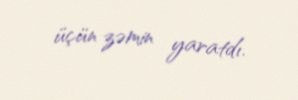
üçün zəmin yaratdı.